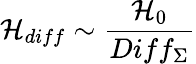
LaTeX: {\cal H}_{diff}\sim\frac{{\cal H}_{0}}{Diff_{\Sigma}}